Indian journal of veterinary science and animal husbandry - Volume 4,
Year: 1934
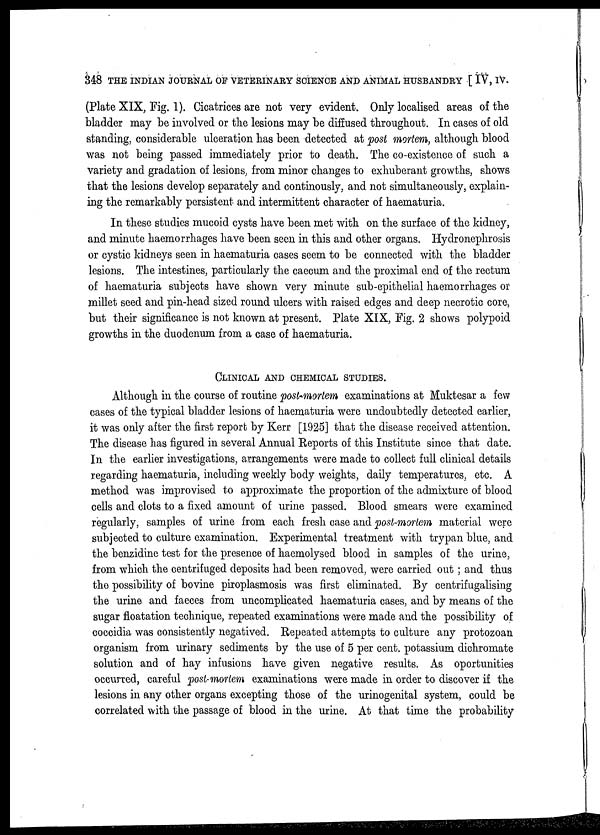
348 THE INDIAN JOURNAL OF VETERINARY SCIENCE AND ANIMAL HUSBANDRY [ IV, IV.
(Plate XIX, Fig. 1). Cicatrices are not very evident. Only localised areas of the
bladder may be involved or the lesions may be diffused throughout. In cases of old
standing, considerable ulceration has been detected at post mortem, although blood
was not being passed immediately prior to death. The co-existence of such a
variety and gradation of lesions, from minor changes to exhuberant growths, shows
that the lesions develop separately and continously, and not simultaneously, explain-
ing the remarkably persistent and intermittent character of haematuria.
In these studies mucoid cysts have been met with on the surface of the kidney,
and minute haemorrhages have been seen in this and other organs. Hydronephrosis
or cystic kidneys seen in haematuria cases seem to be connected with the bladder
lesions. The intestines, particularly the caecum and the proximal end of the rectum
of haematuria subjects have shown very minute sub-epithelial haemorrhages or
millet seed and pin-head sized round ulcers with raised edges and deep necrotic core,
but their significance is not known at present. Plate XIX, Fig. 2 shows polypoid
growths in the duodenum from a case of haematuria.
CLINICAL AND CHEMICAL STUDIES.
Although in the course of routine post-mortem examinations at Muktesar a few
cases of the typical bladder lesions of haematuria were undoubtedly detected earlier,
it was only after the first report by Kerr [1925] that the disease received attention.
The disease has figured in several Annual Reports of this Institute since that date.
In the earlier investigations, arrangements were made to collect full clinical details
regarding haematuria, including weekly body weights, daily temperatures, etc. A
method was improvised to approximate the proportion of the admixture of blood
cells and clots to a fixed amount of urine passed. Blood smears were examined
regularly, samples of urine from each fresh case and post-mortem material were
subjected to culture examination. Experimental treatment with trypan blue, and
the benzidine test for the presence of haemolysed blood in samples of the urine,
from which the centrifuged deposits had been removed, were carried out ; and thus
the possibility of bovine piroplasmosis was first eliminated. By centrifugalising
the urine and faeces from uncomplicated haematuria cases, and by means of the
sugar floatation technique, repeated examinations were made and the possibility of
coccidia was consistently negatived. Repeated attempts to culture any protozoan
organism from urinary sediments by the use of 5 per cent. potassium dichromate
solution and of hay infusions have given negative results. As oportunities
occurred, careful post-mortem examinations were made in order to discover if the
lesions in any other organs excepting those of the urinogenital system, could be
correlated with the passage of blood in the urine. At that time the probability